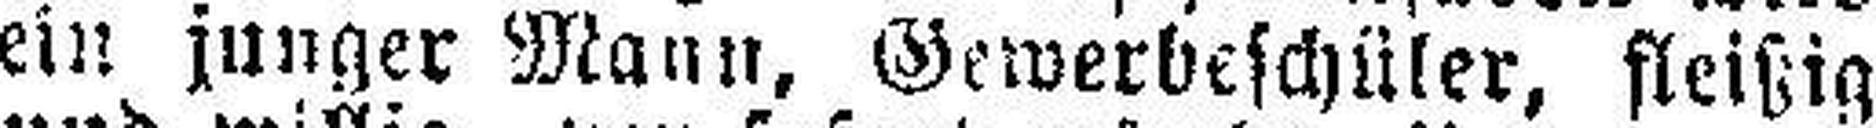
ein junger Mann, Gewerbeschüler, fleißig